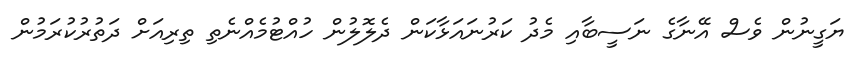
ޔަގީނުން ވެސް އޭނާގެ ނަސީބާއި މެދު ކަރުނައަޅާކަން ދެލޮލުން ހުއްޓުމެއްނެތި ތިރިއަށް ދަތުރުކުރަމުން